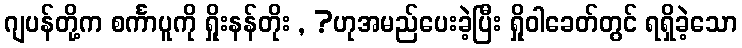
ဂျပန်တို့က စင်္ကာပူကို ရှိုးနန်တိုး , ?ဟုအမည်ပေးခဲ့ပြီး ရှိုဝါခေတ်တွင် ရရှိခဲ့သော